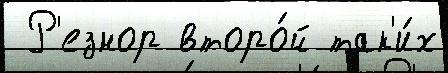
 Р'езнор второ́й так'и́х